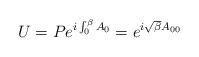
LaTeX: \begin{align*}U = P e^{i \int_0^\beta A_0} = e^{i\sqrt{\beta}A_{00}}\end{align*}